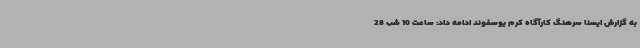
به گزارش ایسنا سرهنگ کارآگاه کرم یوسفوند ادامه داد: ساعت 10 شب 28